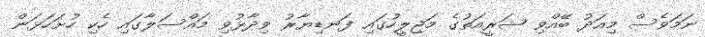
ނަމަވެސް މިއަދު ބޭއްވި ޝަރީއަތުގެ މަޖިލީހުގައި ފަނޑިޔާރު ވިދާޅުވި މައްސަލާގައި ހެކި ހުށަހަޅަން